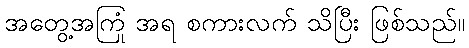
အတွေ့အကြုံ အရ စကားလက် သိပြီး ဖြစ်သည်။